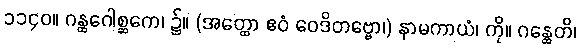
၁၁၄၀။ ဂန္ထဂေါစ္ဆကေ၊ ၌။ (အတ္ထော ဧဝံ ဝေဒိတဗ္ဗော၊) နာမကာယံ၊ ကို။ ဂန္ထေတိ၊